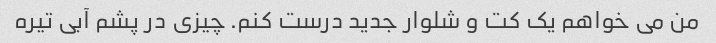
من می خواهم یک کت و شلوار جدید درست کنم. چیزی در پشم آبی تیره